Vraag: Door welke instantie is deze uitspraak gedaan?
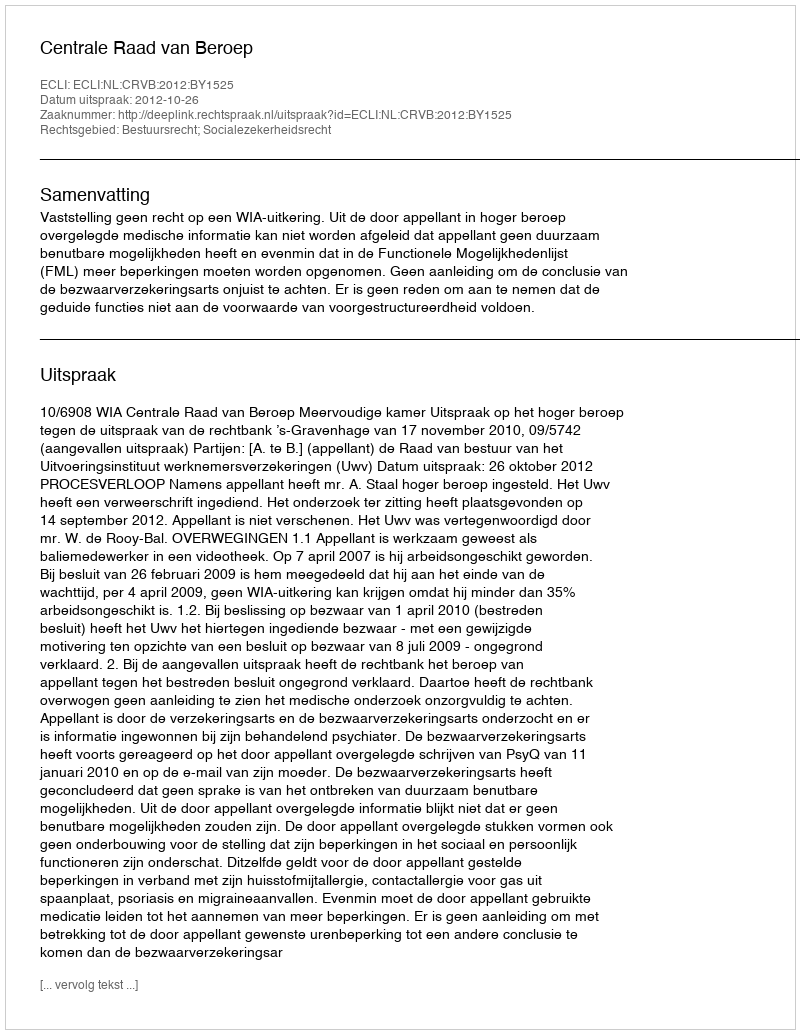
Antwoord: Centrale Raad van Beroep